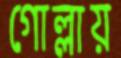
গোল্লায়